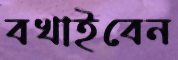
বখাইবেন